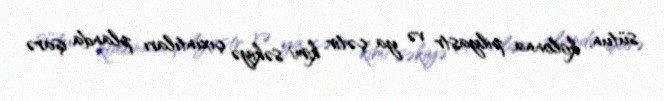
sütun, kolonna, pilyastr və ya çətir kimi səkiyə çıxıntıları planda işarə